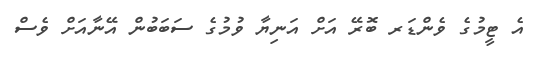
އެ ޓީމުގެ ވެންޑަރ ބޮރޭ އަށް އަނިޔާ ވުމުގެ ސަބަބުން އޭނާއަށް ވެސް